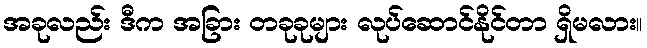
အခုလည်း ဒီက အခြား တခုခုများ လုပ်ဆောင်နိုင်တာ ရှိမလား။